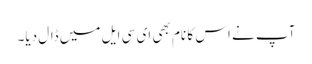
آپ نے اس کا نام بھی ای سی ایل میں ڈال دیا۔